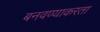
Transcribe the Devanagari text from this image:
बनवण्याकरता